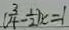
( \frac { 3 } { 4 } - \frac { 1 } { 2 } ) x = 1